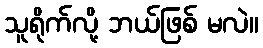
သူရိုက်လို့ ဘယ်ဖြစ် မလဲ။